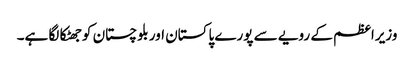
وزیراعظم کے رویے سے پورے پاکستان اور بلوچستان کوجھٹکا لگا ہے۔